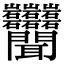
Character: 𬚩